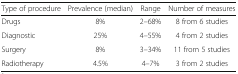
| Type of procedure | Prevalence (median) | Range | Number of measures |
 | --- | --- | --- | --- |
 | Drugs | 8% | 2–68% | 8 from 6 studies |
 | Diagnostic | 25% | 4–55% | 4 from 2 studies |
 | Surgery | 8% | 3–34% | 11 from 5 studies |
 | Radiotherapy | 4.5% | 4–7% | 3 from 2 studies |